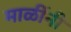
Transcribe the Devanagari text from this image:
माळींनी